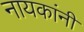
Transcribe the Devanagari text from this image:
नायकांनी